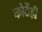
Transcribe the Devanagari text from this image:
कोठेंही